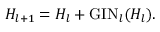
H _ { l + 1 } = H _ { l } + \mathrm { G I N } _ { l } ( H _ { l } ) .